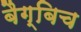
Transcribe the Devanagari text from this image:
बैग्बिच